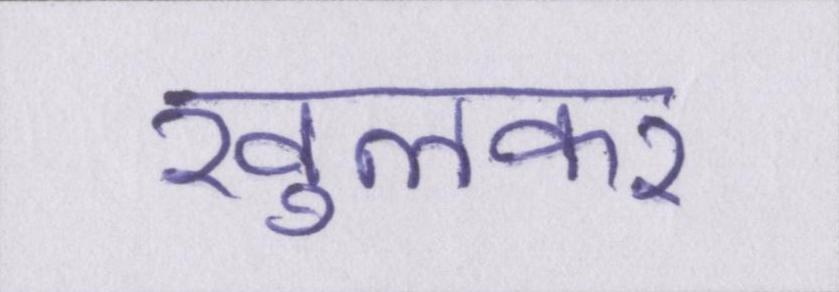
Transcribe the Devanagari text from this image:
खुलकर